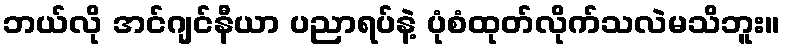
ဘယ်လို အင်ဂျင်နီယာ ပညာရပ်နဲ့ ပုံစံထုတ်လိုက်သလဲမသိဘူး။